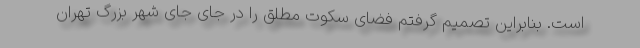
است. بنابراین تصمیم گرفتم فضای سکوت مطلق را در جای جای شهر بزرگ تهران